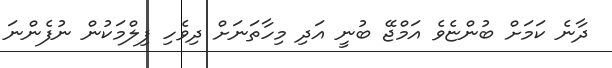
ދާނެ ކަމަށް ބުންޏެވެ އަމްޖޭ ބުނީ އަދި މިހާތަނަށް ދިވެހި ފިލްމަކުން ނުފެންނަ